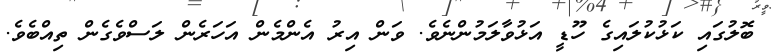
ބޮލުގައި ކަޅުކުލައިގެ ހޫޑީ އަޅުވާލަމުންނެވެ. ވަން އިރު އެންމެން އަހަރެން ލަސްވެގެން ތިއްބެވެ.